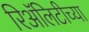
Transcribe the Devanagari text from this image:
रिॲलिटीच्या